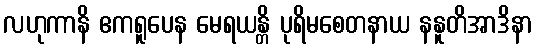
လဟုကာနိ ဧကရူပေန မေရယန္တိ ပုရိမစေတနာယ နနူတိအာဒိနာ